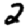
Digit: 2